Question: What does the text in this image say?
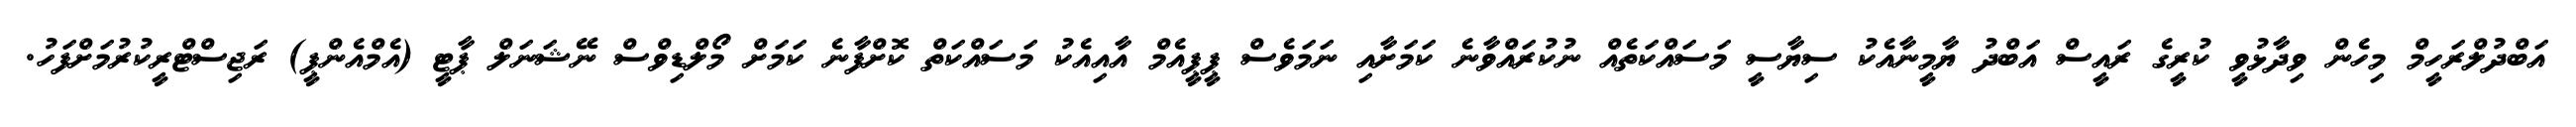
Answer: އަބްދުލްރަހީމް މިހެން ވިދާޅުވީ ކުރީގެ ރައީސް އަބްދު ޔާމީނާއެކު ސިޔާސީ މަސައްކަތެއް ނުކުރައްވާނެ ކަމަށާއި ނަމަވެސް ޕީޕީއެމް އާއިއެކު މަސައްކަތް ކޮށްފާނެ ކަމަށް މޯލްޑިވްސް ނޭޝަނަލް ޕާޓީ (އެމްއެންޕީ) ރަޖިސްޓްރީކުރުމަށްފަހު.